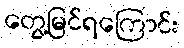
တွေ့မြင်ရကြောင်း